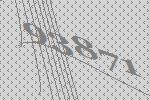
93871